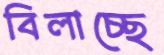
বিলাচ্ছে